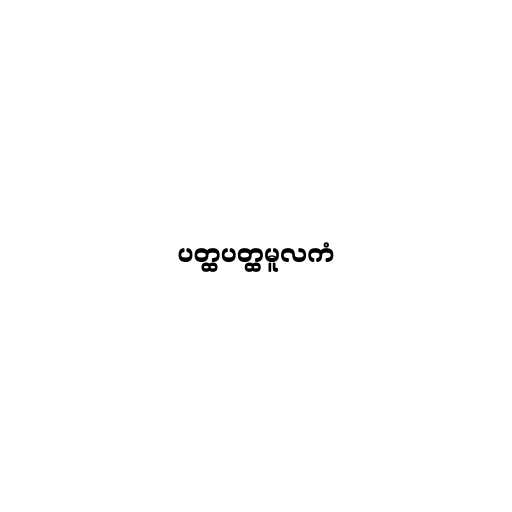
ပတ္ထပတ္ထမူလကံ